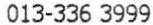
013-336 3999